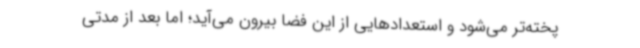
پخته‌تر می‌شود و استعدادهایی از این فضا بیرون می‌آید؛ اما بعد از مدتی